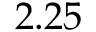
2 . 2 5